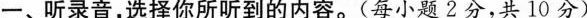
一、听录音,选择你所听到的内容.(每小题 2分,共 10 分)